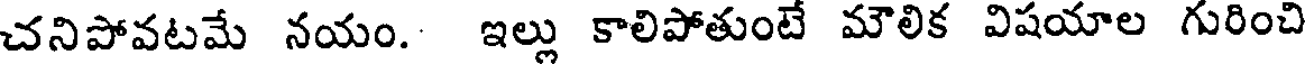
చనిపోవటమే నయం. ఇల్లు కాలిపోతుంటే మౌలిక విషయాల గురించి